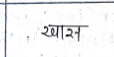
मजकूर: खास